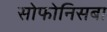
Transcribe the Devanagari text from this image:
सोफोनिसबा